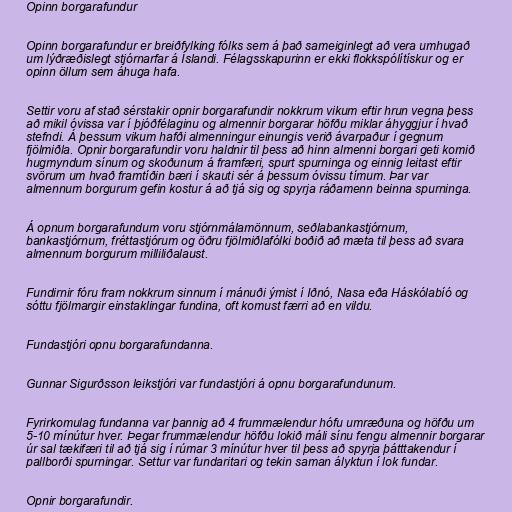
Opinn borgarafundur

Opinn borgarafundur er breiðfylking fólks sem á það sameiginlegt að vera umhugað
um lýðræðislegt stjórnarfar á Íslandi. Félagsskapurinn er ekki flokkspólítískur og er
opinn öllum sem áhuga hafa.

Settir voru af stað sérstakir opnir borgarafundir nokkrum vikum eftir hrun vegna þess
að mikil óvissa var í þjóðfélaginu og almennir borgarar höfðu miklar áhyggjur í hvað
stefndi. Á þessum vikum hafði almenningur einungis verið ávarpaður í gegnum
fjölmiðla. Opnir borgarafundir voru haldnir til þess að hinn almenni borgari geti komið
hugmyndum sínum og skoðunum á framfæri, spurt spurninga og einnig leitast eftir
svörum um hvað framtíðin bæri í skauti sér á þessum óvissu tímum. Þar var
almennum borgurum gefin kostur á að tjá sig og spyrja ráðamenn beinna spurninga.

Á opnum borgarafundum voru stjórnmálamönnum, seðlabankastjórnum,
bankastjórnum, fréttastjórum og öðru fjölmiðlafólki boðið að mæta til þess að svara
almennum borgurum milliliðalaust.

Fundirnir fóru fram nokkrum sinnum í mánuði ýmist í Iðnó, Nasa eða Háskólabíó og
sóttu fjölmargir einstaklingar fundina, oft komust færri að en vildu.

Fundastjóri opnu borgarafundanna.

Gunnar Sigurðsson leikstjóri var fundastjóri á opnu borgarafundunum.

Fyrirkomulag fundanna var þannig að 4 frummælendur hófu umræðuna og höfðu um
5-10 mínútur hver. Þegar frummælendur höfðu lokið máli sínu fengu almennir borgarar
úr sal tækifæri til að tjá sig í rúmar 3 mínútur hver til þess að spyrja þátttakendur í
pallborði spurningar. Settur var fundaritari og tekin saman ályktun í lok fundar.

Opnir borgarafundir.